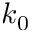
k _ { 0 }